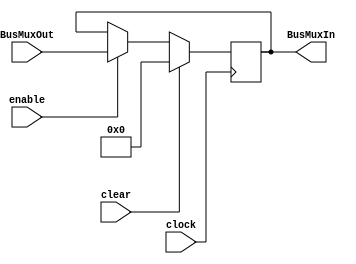
module register #(parameter VAL = 0)(input clock, input clear, input enable, input [31:0] BusMuxOut, output [31:0] BusMuxIn);
	reg [31:0] q; 
	initial q = VAL;
	// Behavioral section for writing to the register 
	always @ ( posedge clock) 
		begin
			if(clear) begin
				q <= 32'b0;
			end
			else if(enable) begin 
				q <= BusMuxOut;
			end
		end	
	 
	assign BusMuxIn = q;	
			
endmodule